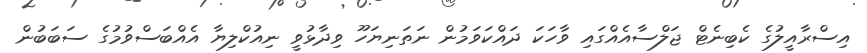
އިސްރާއީލުގެ ކެބިނެޓް ޖަލްސާއެއްގައި ވާހަކަ ދައްކަވަމުން ނަތަނިޔަހޫ ވިދާޅުވީ ނިއުކްލިޔާ އެއްބަސްވުމުގެ ސަބަބުން